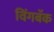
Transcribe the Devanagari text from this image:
विंगबॅक